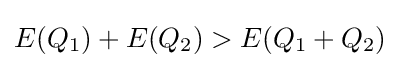
E(Q_{1})+E(Q_{2})>E(Q_{1}+Q_{2})